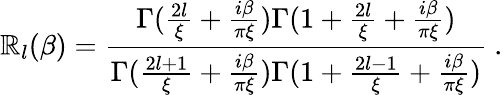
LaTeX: \mathbb{R}_{l}(\beta)={\frac{{\Gamma({\frac{{2l}}{{\xi}}}+{\frac{{i\beta}}{{\pi\xi}}})\Gamma(1+{\frac{{2l}}{{\xi}}}+{\frac{{i\beta}}{{\pi\xi}}})}}{{\Gamma({\frac{{2l+1}}{{\xi}}}+{\frac{{i\beta}}{{\pi\xi}}})\Gamma(1+{\frac{{2l-1}}{{\xi}}}+{\frac{{i\beta}}{{\pi\xi}}})}}}\ .